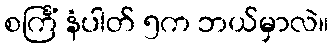
စင်္ကြံ နံပါတ် ၅က ဘယ်မှာလဲ။